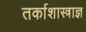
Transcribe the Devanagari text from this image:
तर्काशास्त्राज्ञ